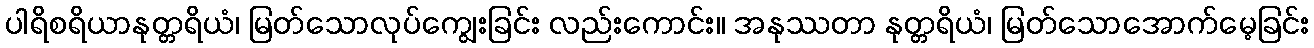
ပါရိစရိယာနုတ္တရိယံ၊ မြတ်သောလုပ်ကျွေးခြင်း လည်းကောင်း။ အနုဿတာ နုတ္တရိယံ၊ မြတ်သောအောက်မေ့ခြင်း